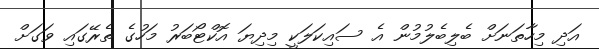
އަދި މިހާތަނަށް ބެލިބެލުމުން އެ ސައިކަލަކީ މިދިޔަ އޮކްޓޯބަރު މަހުގެ ތެރޭގައި ވަގަށް